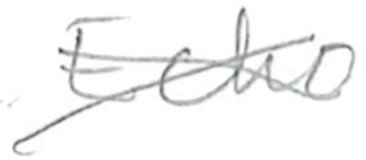
Text: Echo
Cross-out: cross
Writing tool: pencil